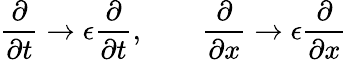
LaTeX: {\frac{\partial}{\partial t}}\rightarrow\epsilon{\frac{\partial}{\partial t}},\qquad{\frac{\partial}{\partial x}}\rightarrow\epsilon{\frac{\partial}{\partial x}}